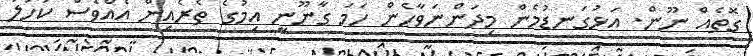
ގޮތެއް ނޫން. އަޅުގަނޑުމެން މިދަންނަވާހެން ހަމަ ގާނޫނީ އިމުގެ ތެރެއިން އެއްވެސް ކަހަލަ